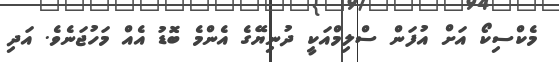
މެކްސިކޯ އަށް އުފަން ސްލިމްއަކީ ދުނިޔޭގެ އެންމެ ބޮޑު އެއް މަހުޖަނެވެ. އަދި